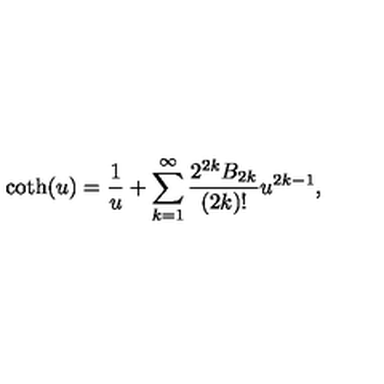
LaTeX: \coth ( u ) = \frac { 1 } { u } + \sum _ { k = 1 } ^ { \infty } \frac { 2 ^ { 2 k } B _ { 2 k } } { ( 2 k ) ! } u ^ { 2 k - 1 } ,